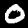
Digit: 0